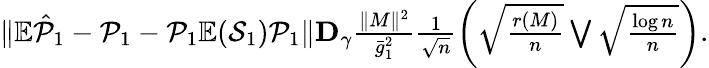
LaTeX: \begin{array}{r}{\| \mathbb{E}\hat{{\cal P}}_{1}-{\cal P}_{1}-{\cal P}_{1}\mathbb{E}({\cal S}_{1}){\cal P}_{1}\| \le D_{\gamma}\frac{\| M\| ^{2}}{\bar{g}_{1}^{2}}\frac{1}{\sqrt{n}}\left(\sqrt{\frac{r(M)}{n}}\bigvee\sqrt{\frac{\log n}{n}}\right).}\end{array}